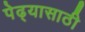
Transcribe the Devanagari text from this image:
पेढ्यासाठी